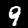
Label: 9